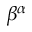
\beta ^ { \alpha }